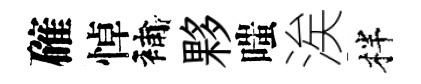
確悼補夥嗤涘柈